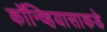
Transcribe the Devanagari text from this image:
कॉन्व्हियासाकडे